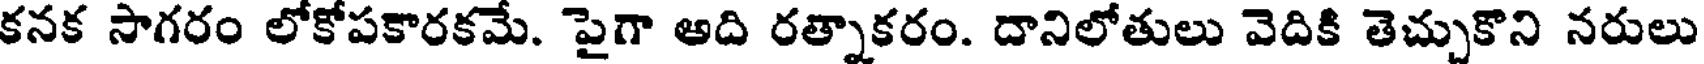
కనక సాగరం లోకోపకారకమే. పైగా అది రత్నాకరం. దానిలోతులు వెదికి తెచ్చుకొని నరులు